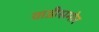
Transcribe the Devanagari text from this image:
वाडीसमोर